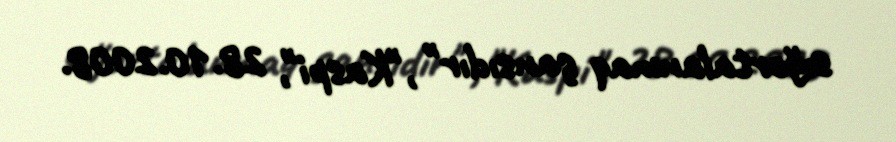
sığortalanmaq şansıdır" ,"Kaspi", 28.10.2008.